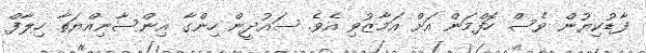
ފާޑުކިޔުން ވެސް ހޮފްމަން އަށް އަމާޒުވި އެވެ. ސައުދީން ހިންގާ އިންސާނިއްޔަތާ ހިލާފް